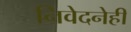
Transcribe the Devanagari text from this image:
निवेदनेही